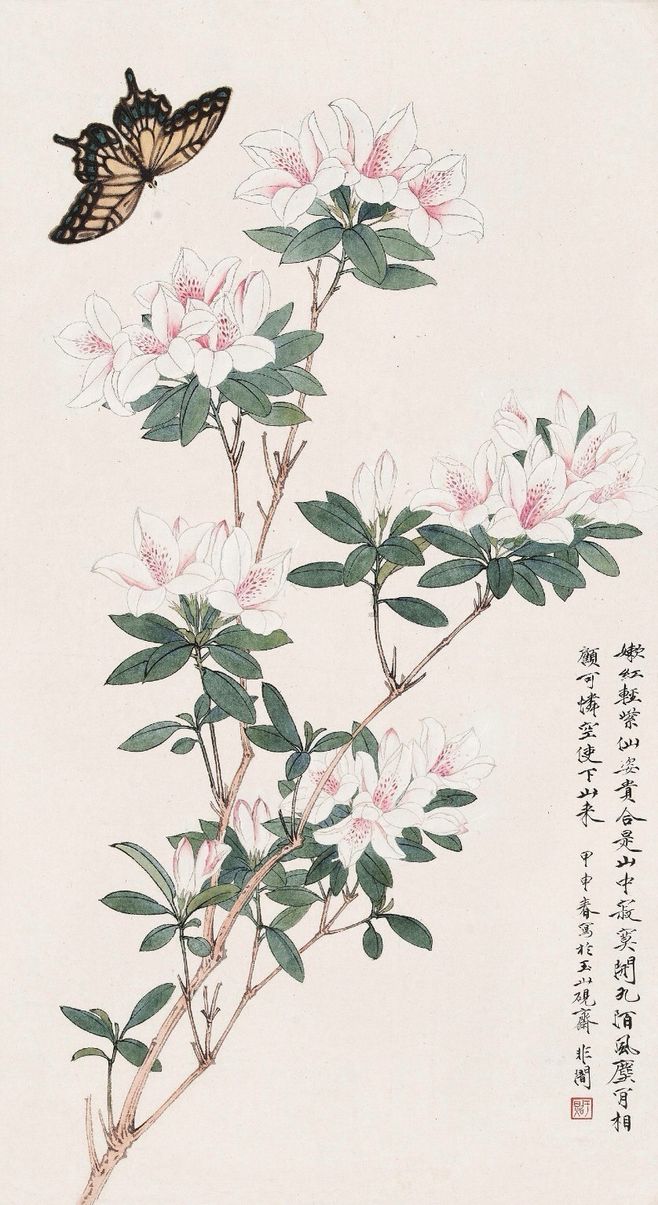
池上柳依依，柳边人掩扉。